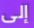
إلى